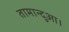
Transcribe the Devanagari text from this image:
तामान्दुआ।